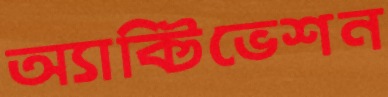
অ্যাক্টিভেশন